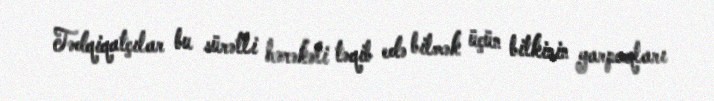
Tədqiqatçılar bu sürətli hərəkəti təqib edə bilmək üçün bitkinin yarpaqları